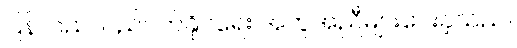
ပြန်လည်လည်ပတ်နိုင်ရေး အကူအညီများပေးခဲ့သည်။